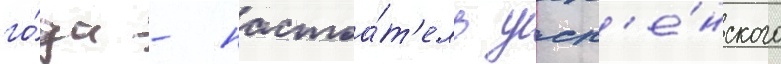
го́да - настоа́т'ель усп'е́нского